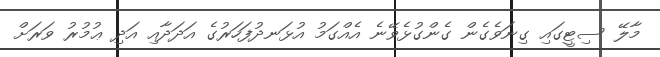
މާލޭ ސިޓީގައި ގިނަވެގެން ގެންގުޅެވޭނެ އެއްގަމު އުޅަނދުފަހަރުގެ އަދަދާއި އަދި ޢުމުރު ވަރަށް